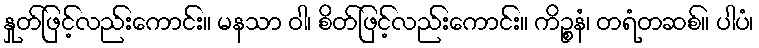
နှုတ်ဖြင့်လည်းကောင်း။ မနသာ ဝါ၊ စိတ်ဖြင့်လည်းကောင်း။ ကိဉ္စနံ၊ တရံတဆစ်။ ပါပံ၊